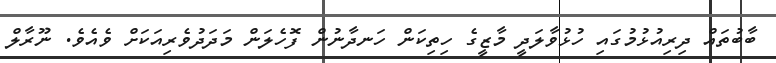
ބާބުތައް ދިރިއުޅުމުގައި ހުޅުވާލަދީ މާޒީގެ ހިތިކަން ހަނދާނުން ފޮހެލަން މަދަދުވެރިއަކަށް ވެއެވެ. ނޫރާލް